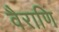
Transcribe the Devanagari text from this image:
वैराणि